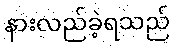
နားလည်ခဲ့ရသည်